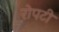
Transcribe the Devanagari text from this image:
रोपटी